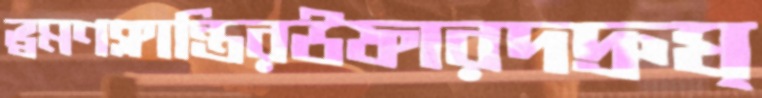
ভ্রমণক্লান্তিরউফারদদ্রুঘ্